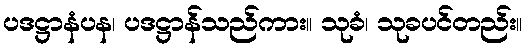
ပဒဋ္ဌာနံပန၊ ပဒဋ္ဌာန်သည်ကား။ သုခံ၊ သုခပင်တည်း။